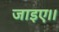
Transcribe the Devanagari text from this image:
जाइए।।